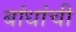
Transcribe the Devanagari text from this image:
बांधांची